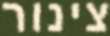
צינור